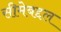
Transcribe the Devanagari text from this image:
सीमेबद्दल